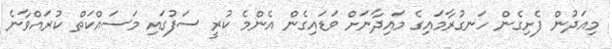
މިއަދުން ފެށިގެން ހަނގުރާމައިގެ މައިދާނަށް ވަޑައިގެން އެންމެ ކުރީ ސަފުގައި މަސައްކަތް ކުރައްވާނެ